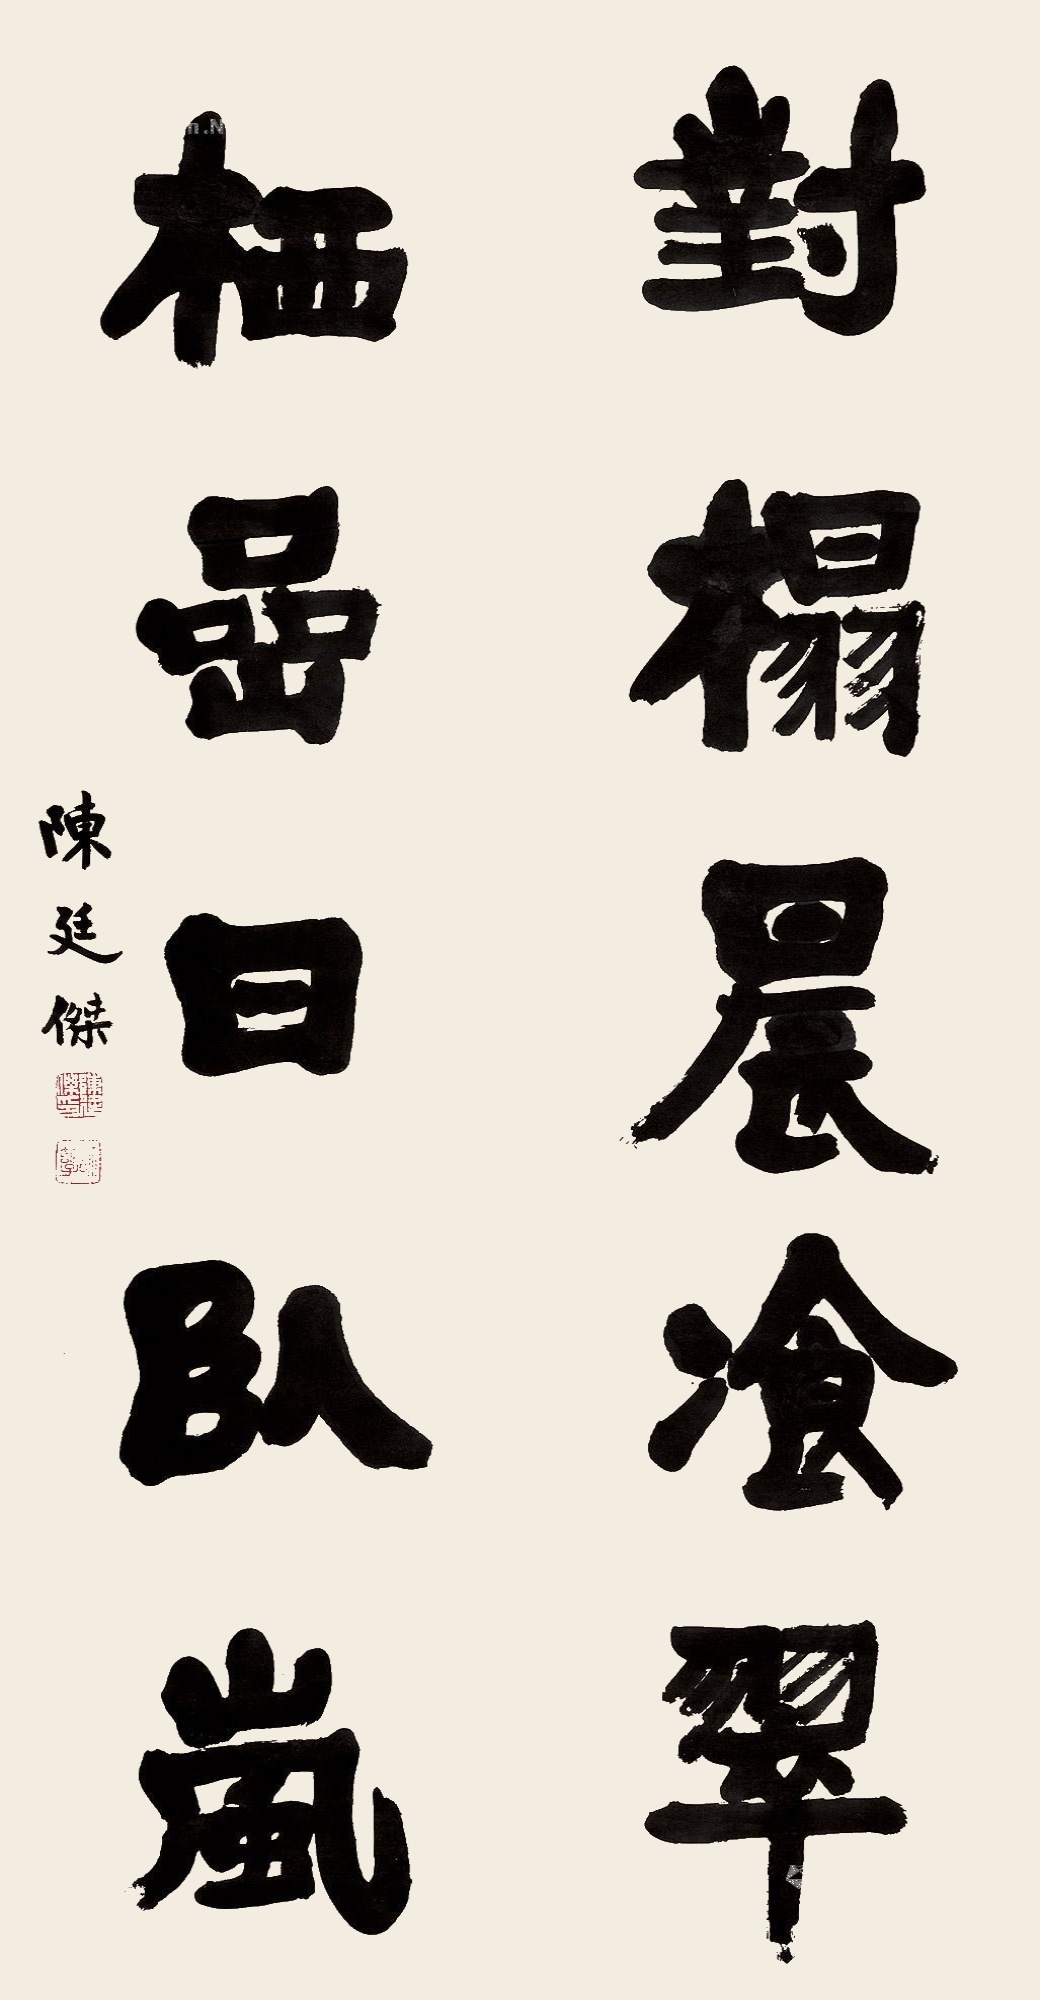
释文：对榻晨湌翠，栖岩日卧岚。陈廷杰。